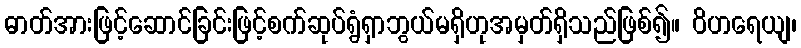
ဓာတ်အားဖြင့်ဆောင်ခြင်းဖြင့်စက်ဆုပ်ရွံရှာဘွယ်မရှိဟုအမှတ်ရှိသည်ဖြစ်၍။ ဝိဟရေယျ၊